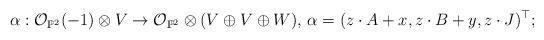
LaTeX: \begin{align*}\alpha:\mathcal{O}_{\mathbb{P}^{2}}(-1)\otimes V\rightarrow\mathcal{O}_{\mathbb{P}^{2}}\otimes(V\oplus V\oplus W),\,\alpha=(z\cdot A+x,z\cdot B+y,z\cdot J)^{\top};\end{align*}